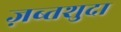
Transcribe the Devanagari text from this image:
ज़ब्तशुदा